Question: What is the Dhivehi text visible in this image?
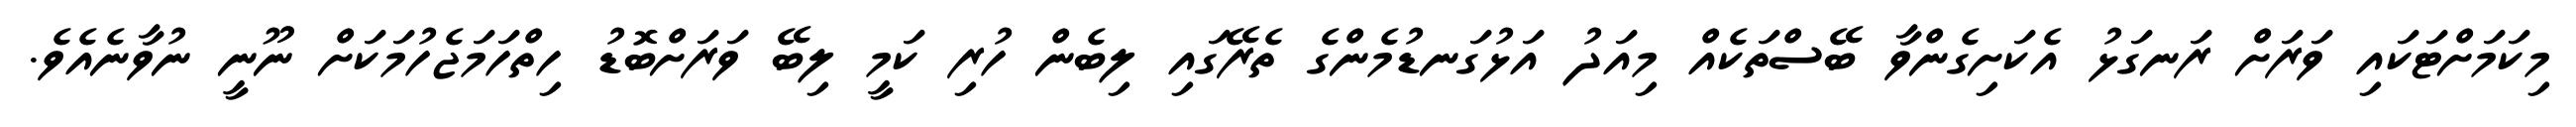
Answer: މިކަމަށްޓަކައި ވަރަށް ރަނގަޅު އެކަށިގެންވާ ބޭސްތަކެއް މިއަދު އަޅުގަނޑުމެންގެ ތެރޭގައި ލިބެން ހުރި ކަމީ ލިބޭ ވަރަށްބޮޑު ހިތްހަމަޖެހުމަކަށް ނޫނީ ނުވާނެއެވެ.